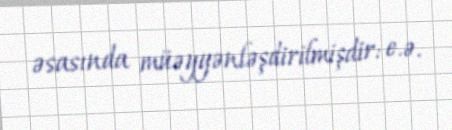
əsasında müəyyənləşdirilmişdir: e.ə.